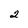
Character: 2